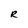
Character: R